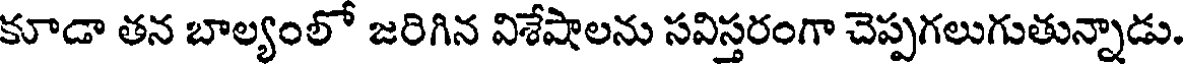
కూడా తన బాల్యంలో జరిగిన విశేషాలను సవిస్తరంగా చెప్పగలుగుతున్నాడు.